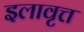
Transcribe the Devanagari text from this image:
इलावृत्त